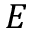
E